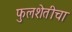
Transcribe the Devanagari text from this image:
फुलशेतीचा